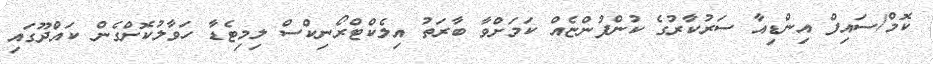
ކޮމް/ސައިފް އިންޑިއާ ސަރުކާރުގެ ކުންފުންޏެއް ކަމަށްވާ ބާރަތު އިލެކްޓްރޯނިކްސް ލިމިޓެޑާ ހަވާލުކޮށްގެން ކައްދޫގައި